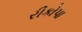
રીકોપા